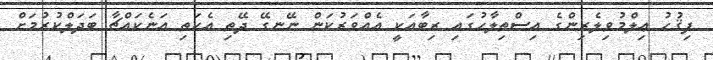
ފިޤުހު ޢިލްމުވިލެރިންގެ އިސްތިލާޙުގައި ރިބާއަކީ އެއްވަރުކަން ނޭނގޭ ދޭތި އެކަތި އަނެކައްޗާ ބަދަލްކުރުމަށް